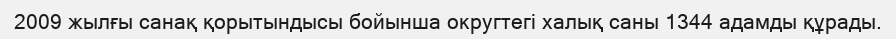
2009 жылғы санақ қорытындысы бойынша округтегі халық саны 1344 адамды құрады.